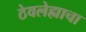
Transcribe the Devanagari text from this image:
ठेवलेह्याचा